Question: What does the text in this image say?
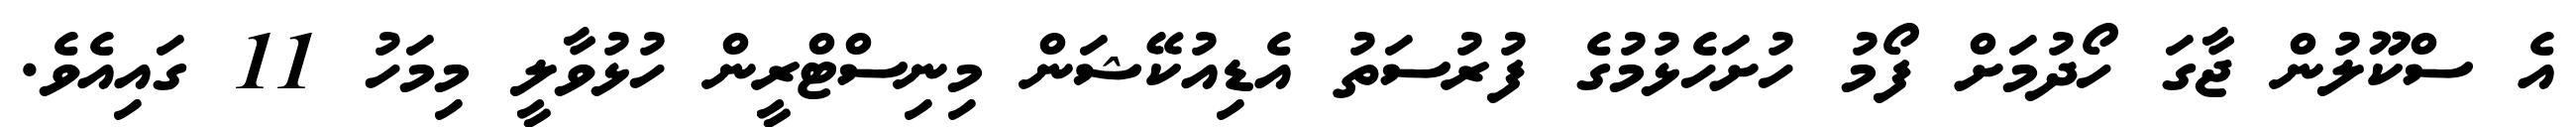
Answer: އެ ސްކޫލުން ޖާގަ ހޯދުމަށް ފޯމު ހުށަހެޅުމުގެ ފުރުސަތު އެޑިއުކޭޝަން މިނިސްޓްރީން ހުޅުވާލީ މިމަހު 11 ގައިއެވެ.